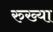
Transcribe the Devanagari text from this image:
रुख्या